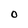
Character: O